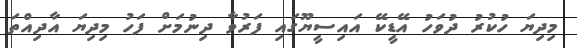
މިދިޔަ ހުކުރު ދުވަހު އޭޑީކޭ އައިސީޔޫގައި ފަރުވާ ދިނުމަށް ފަހު މިދިޔަ އާދިއްތަ